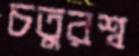
চতুরশ্ব